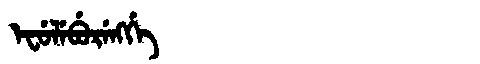
Manchu: ᡝᠸᡠᠯᡝᠪᡠᡵᡝᠩᡤᡝ
Romanization: EFULEBURENGGE